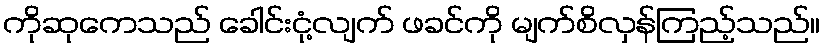
ကိုဆုကေသည် ခေါင်းငုံ့လျက် ဖခင်ကို မျက်စိလှန်ကြည့်သည်။